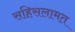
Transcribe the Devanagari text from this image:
सहिसलामत